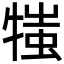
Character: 𤚍